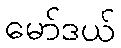
မော်ဒယ်